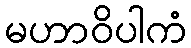
မဟာဝိပါကံ